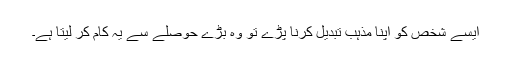
ایسے شخص کو اپنا مذہب تبدیل کرنا پڑے تو وہ بڑے حوصلے سے یہ کام کر لیتا ہے۔